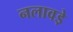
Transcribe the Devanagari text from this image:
नलावडे़